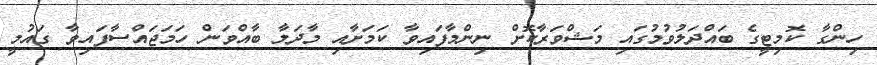
ހިންގާ ކޮމިޓީގެ ބައްދަލުވުމުގައި މަޝްވަރާކޮށް ނިންމާފައިވާ ކަމަށާއި މާދަމާ ބާއްވަން ހަމަޖައްސާފައިވާ ގައުމީ